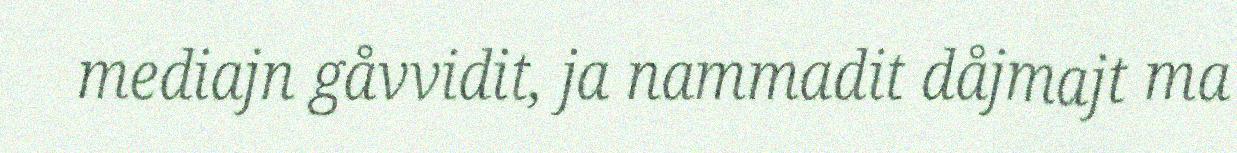
mediajn gåvvidit, ja nammadit dåjmajt ma